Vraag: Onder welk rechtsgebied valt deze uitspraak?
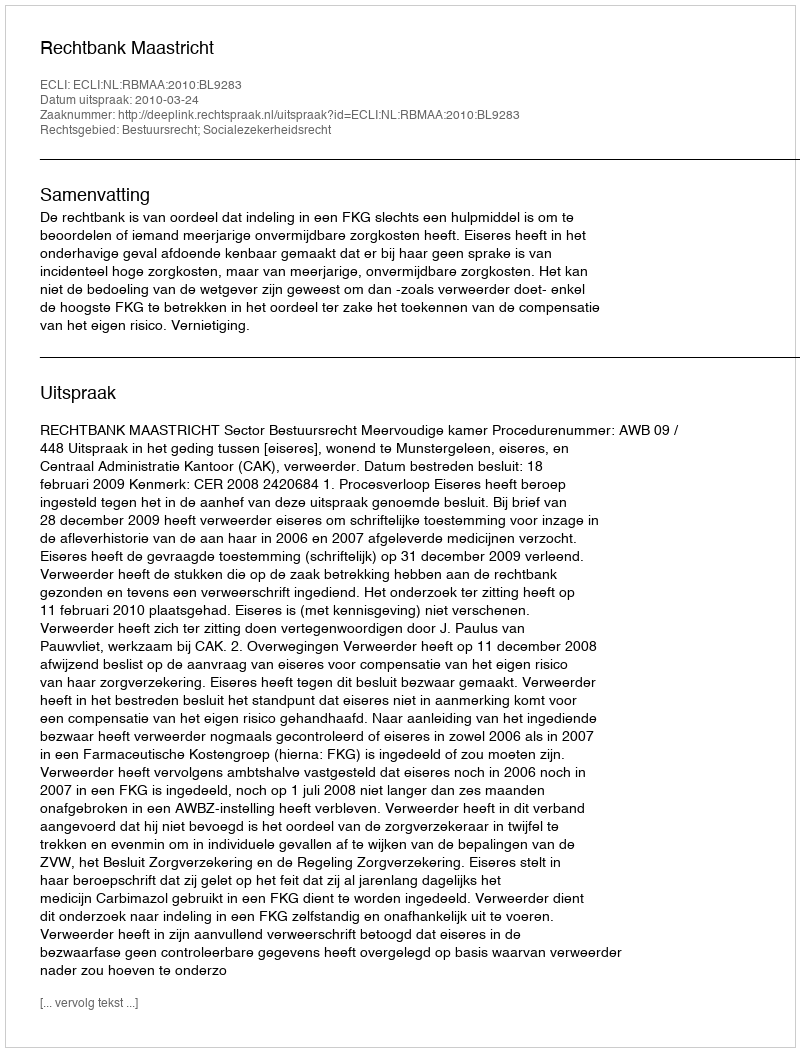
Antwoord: Bestuursrecht; Socialezekerheidsrecht